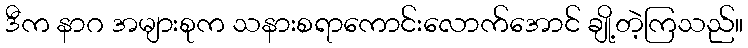
ဒီက နာဂ အများစုက သနားစရာကောင်းလောက်အောင် ချို့တဲ့ကြသည်။